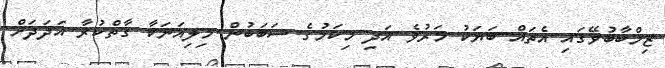
ޒިމްބާބުވޭގައި އެތައް ބަޔަކު މަރުވެ އަދި މިކަމުގެ ސަބަބުން މިލިއަނަކާ ގާތްކުރާ އަދަދަށް